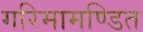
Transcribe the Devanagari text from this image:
गरिमामण्डित